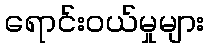
ရောင်းဝယ်မှုများ